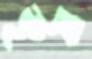
কৃষ